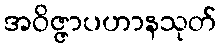
အဝိဇ္ဇာပဟာနသုတ်